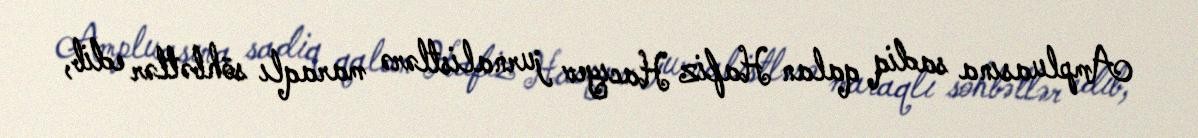
Ampluasına sadiq qalan Hafiz Hacıyev jurnalistlərə maraqlı söhbətlər edib,